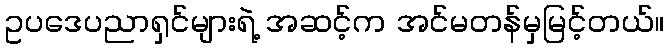
ဥပဒေပညာရှင်များရဲ့ အဆင့်က အင်မတန်မှမြင့်တယ်။